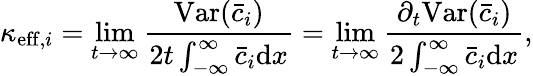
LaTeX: \kappa_{\mathrm{eff},i}=\operatorname*{lim}_{t\rightarrow\infty}\frac{\mathrm{Var}(\bar{c}_{i})}{2t\int_{-\infty}^{\infty}\bar{c}_{i}\mathrm{d}x}=\operatorname*{lim}_{t\rightarrow\infty}\frac{\partial_{t}\mathrm{Var}(\bar{c}_{i})}{2\int_{-\infty}^{\infty}\bar{c}_{i}\mathrm{d}x},